Report on enteric fever
Disease focus: Fever
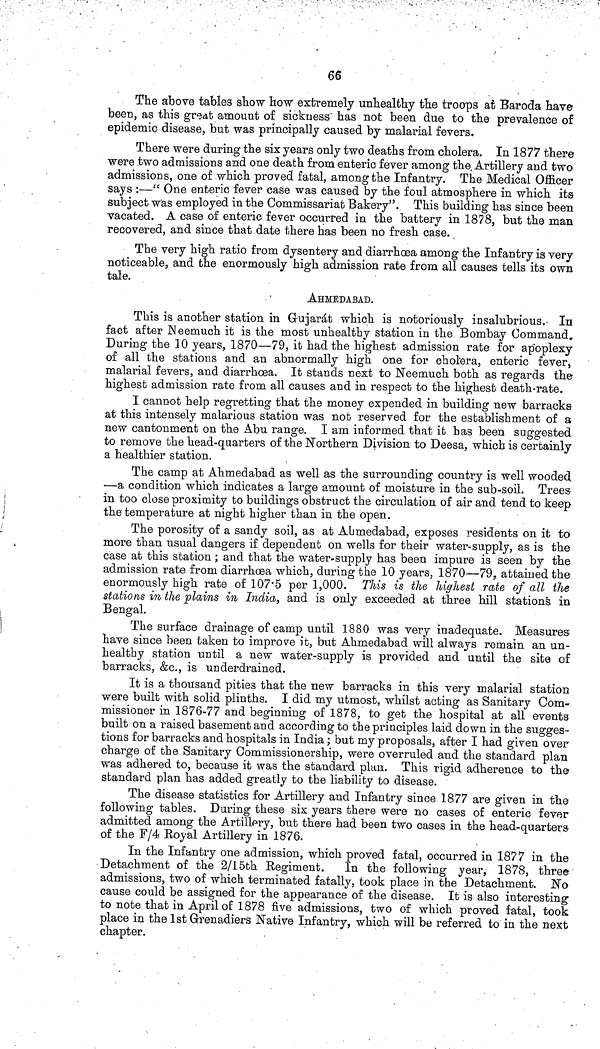
66
The above tables show how extremely unhealthy the troops at Baroda have
been, as this great amount of sickness has not been due to the prevalence of
epidemic disease, but was principally caused by malarial fevers.
There were during the six years only two deaths from cholera. In 1877 there
were two admissions and one death from enteric fever among the. Artillery and two
admissions, one of which proved fatal, among the Infantry. The Medical Officer
says :—" One enteric fever case was caused by the foul atmosphere in which its
subject was employed in the Commissariat Bakery". This building has since been
vacated. A case of enteric fever occurred in the battery in 1878, but the man
recovered, and since that date there has been no fresh case.
The very high ratio from dysentery and diarrhœa among the Infantry is very
noticeable, and the enormously high admission rate from all causes tells its own
tale.
AHMEDABAD.
This is another station in Gujarát which is notoriously insalubrious. In
fact after Neemuch it is the most unhealthy station in the Bombay Command,
During the 10 years, 1870—79, it had the highest admission rate for apoplexy
of all the stations and an abnormally high one for cholera, enteric fever,
malarial fevers, and diarrhoea. It stands next to Neemuch both as regards the
highest admission rate from all causes and in respect to the highest death rate.
I cannot help regretting that the money expended in building new barracks
at this intensely malarious station was not reserved for the establishment of a
new cantonment on the Abu range. I am informed that it has been suggested
to remove the head quarters of the Northern Division to Deesa, which is certainly
a healthier station.
The camp at Ahmedabad as well as the surrounding country is well wooded
—a condition which indicates a large amount of moisture in the sub soil. Trees
in too close proximity to buildings obstruct the circulation of air and tend to keep
the temperature at night higher than in the open.
The porosity of a sandy soil, as at Ahmedabad, exposes residents on it to
more than usual dangers if dependent on wells for their water supply, as is the
case at this station; and that the water supply has been impure is seen by the
admission rate from diarrhœa which, during the 10 years, 1870—79, attained the
enormously high rate of 107 5 per 1,000. This is the highest rate of all the
stations in the plains in India, and is only exceeded at three hill stations in
Bengal.
The surface drainage of camp until 1880 was very inadequate. Measures
have since been taken to improve it, but Ahmedabad will always remain an un-
healthy station until a new water supply is provided and until the site of
barracks, &c., is underdrained.
It is a thousand pities that the new barracks in this very malarial station
were built with solid plinths. I did my utmost, whilst acting as Sanitary Com-
missioner in 1876 77 and beginning of 1878, to get the hospital at all events
built on a raised basement and according to the principles laid down in the sugges-
tions for barracks and hospitals in India; but my proposals, after I had given over
charge of the Sanitary Commissionership, were overruled and the standard plan
was adhered to, because it was the standard plan. This rigid adherence to the
standard plan has added greatly to the liability to disease.
The disease statistics for Artillery and Infantry since 1877 are given in the
following tables. During these six years there were no cases of enteric fever
admitted among the Artillery, but there had been two cases in the head quarters
of the F/4 Royal Artillery in 1876.
In the Infantry one admission, which proved fatal, occurred in 1877 in the
Detachment of the 2/15th Regiment.
In the following year, 1878, three
admissions, two of which terminated fatally, took place in the Detachment. No
cause could be assigned for the appearance of the disease. It is also interesting
to note that in April of 1878 five admissions, two of which proved fatal, took
place in the 1st Grenadiers Native Infantry, which will be referred to in the next
chapter.